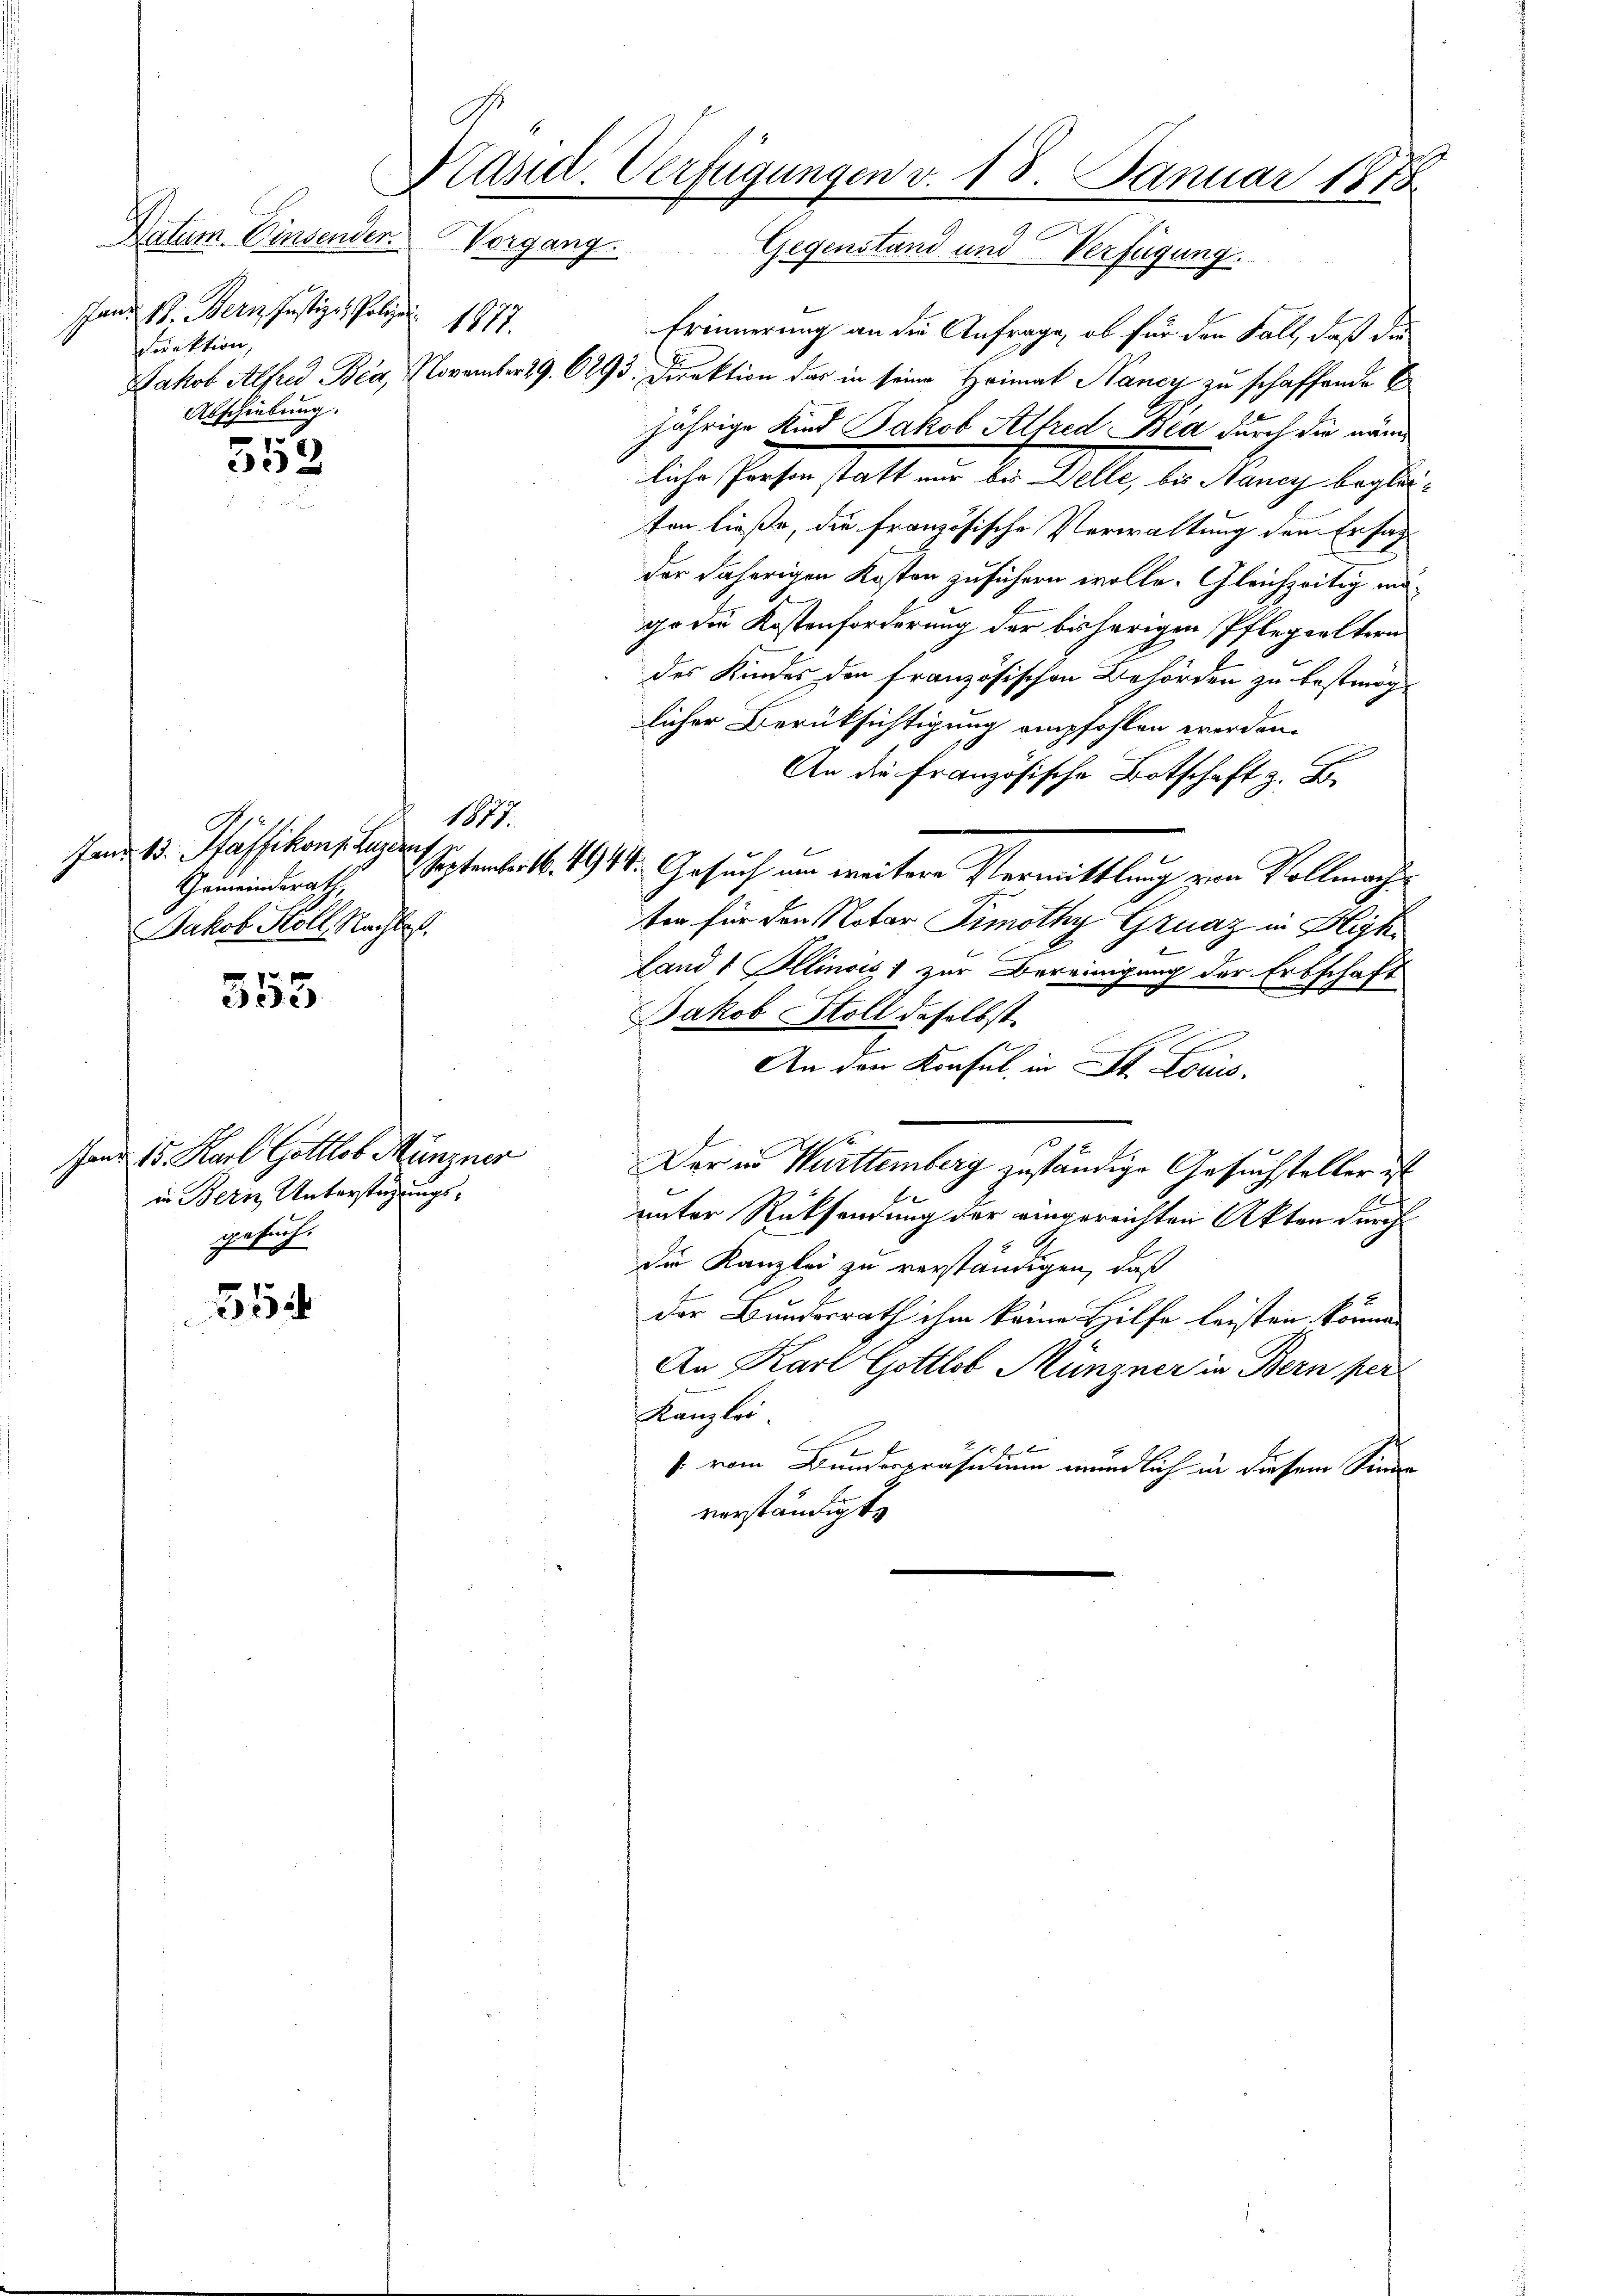
Datum. Einsender.
Pfand 18. Bern, Justiz- & Polize
Direktion,
Jakob Alfred Bea,
Abschiebung.

352

Jand 15. Pfäffikon, Leyden
Gemeinderath,
Jakob Holl, Nachtes.

353

fi 1883.

Hand 15. Karl Gottlob Münzner
in Bern, Unterstüzungsgersuch

314

Präsid. Verfügungen v. 18. Januar 1878
Vorgang. Gegenstand und Verfügung.

Erinnerung an die Anfrage, ob für den Fall, daß die
November 29. 6293. Direktion das in seine Heimat Nancy zu schaffende E
jährige Kind Jakob Alfred Bea durch die näm
liche Sachen statt ein der Wille, die Manig begleten ließe, die französische Verwaltung den Ersat
der daherigen Kosten zuführen wolle. Gleichzeitig ungo die Kostenforderung der bisherigen Pflegeeltern
des Kindes den französischen Behörden zu bestmöglicher Berüksichtigung empfohlen werden.
An die Französische Botschaft z. B.
Septembert. 1944. Gesuch um weitere Vermittlung von Vollmache
ten für den Notar Simothy Graz in Hlyh¬
Landt Illinois zur Bereinigung der Erbschaft
Jakob Stoll daselbst.
An den Konsul in Kt. Louis
Der in Württemberg zuständige Gesuchsteller ist
E
unter Rücksendung der eingereichten Akten durch
die Kanzlei zu verständigen, daß
der Bundesrath ihm keine Hilfe leisten könne.
An Karl Gottlob Münzner in Bern per
Kanzlei
 f 2
s. vom Bundespräsidium mündlich in diesem Sinne
verständigte

1877.